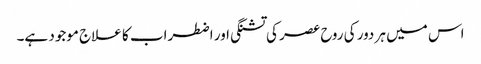
اس میں ہر دور کی روح عصر کی تشنگی اور اضطراب کا علاج موجود ہے۔